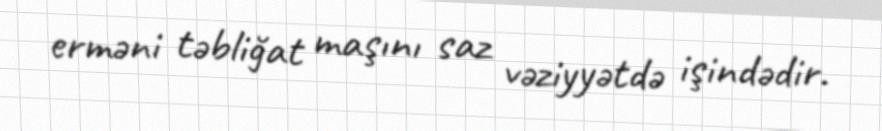
erməni təbliğat maşını saz vəziyyətdə işindədir.